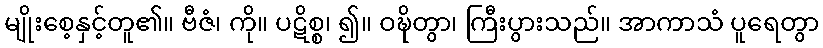
မျိုးစေ့နှင့်တူ၏။ ဗီဇံ၊ ကို။ ပဋိစ္စ၊ ၍။ ဝဍ္ဎိတွာ၊ ကြီးပွားသည်။ အာကာသံ ပူရေတွာ